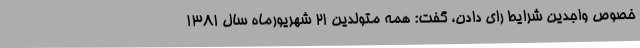
خصوص واجدین شرایط رای دادن، گفت: همه متولدین 21 شهریورماه سال 1381